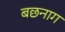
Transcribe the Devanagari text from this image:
बछनाग